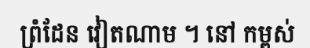
ព្រំដែន វៀតណាម ។ នៅ កម្ពស់